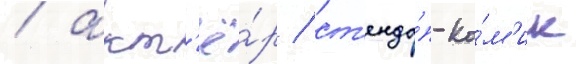
/ акт'ё́р / ст'енда́п-ко́м'ик